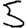
Digit: 5